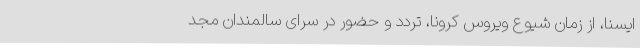
ایسنا، از زمان شیوع ویروس کرونا، تردد و حضور در سرای سالمندان مجد